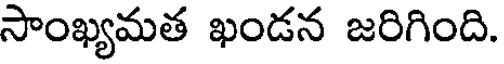
సాంఖ్యమత ఖండన జరిగింది.